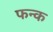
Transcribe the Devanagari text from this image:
फन्क